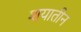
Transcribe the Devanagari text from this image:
शयातीन